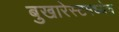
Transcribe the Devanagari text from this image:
बुखारेस्टमध्येच